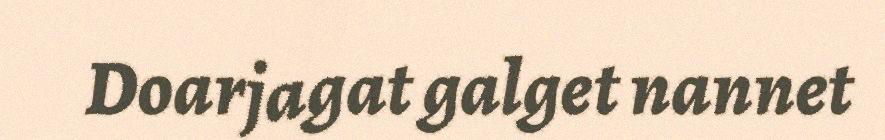
Doarjagat galget nannet